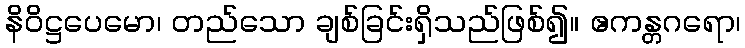
နိဝိဋ္ဌပေမော၊ တည်သော ချစ်ခြင်းရှိသည်ဖြစ်၍။ ဧကန္တဂရော၊